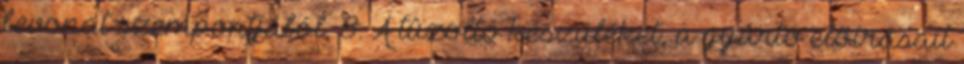
bevonat szempontjából. 8. A tûzoltó készüléket, a gyártó elõírásait